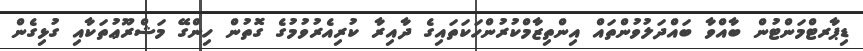
ޑިޕާރޓްމަންޓުން ބާއްވާ ބައްދަލުވުންތައް އިންތިޒާމްކުރުންހަކަތައިގެ ދާއިރާ ކުރިއެރުވުމުގެ ގޮތުން ހިންގޭ މަޝްރޫޢުތަކާއި ގުޅިގެން